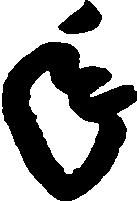
年